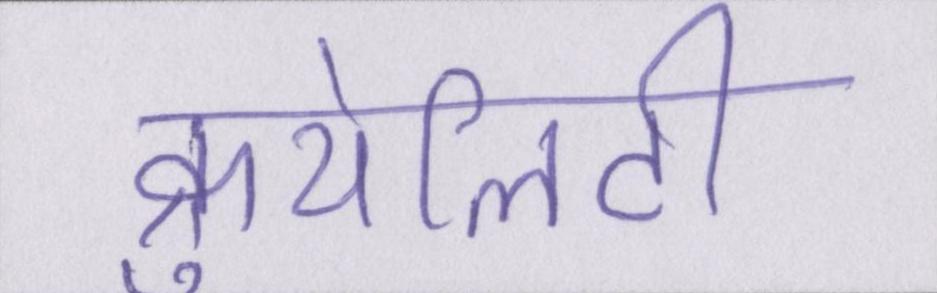
क्रुयेलिटी